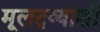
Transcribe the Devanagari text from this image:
मूलद्रव्याशी